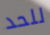
للحد